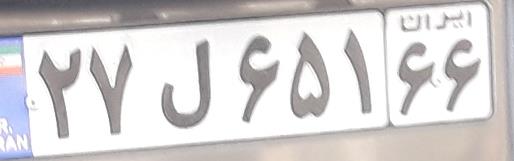
۲۷ل۶۵۱۶۶